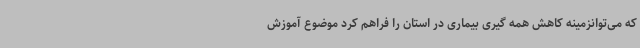
که می‌توانزمینه کاهش همه گیری بیماری در استان را فراهم کرد موضوع آموزش